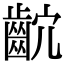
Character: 𪗴